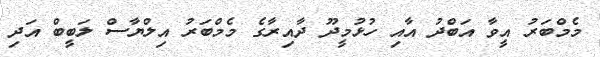
މެމްބަރު އީވާ އަބްދު އާއި ހުޅުމީދޫ ދާއިރާގެ މެމްބަރު އިލްޔާސް ލަބީބް އަދި